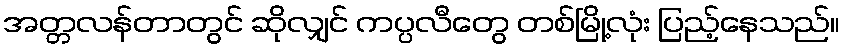
အတ္တလန်တာတွင် ဆိုလျှင် ကပ္ပလီတွေ တစ်မြို့လုံး ပြည့်နေသည်။